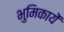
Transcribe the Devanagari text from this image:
भुमिकायें